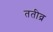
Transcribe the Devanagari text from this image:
ततीव्र